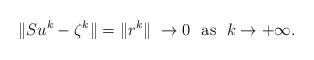
LaTeX: \begin{align*}\|Su^k - \zeta^k\| = \|r^k\|\ \rightarrow 0\ \ \mbox{as}\ \ k\rightarrow + \infty.\end{align*}